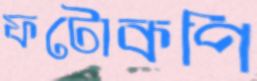
ফটোকপি